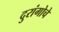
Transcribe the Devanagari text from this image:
दुरांगोचे